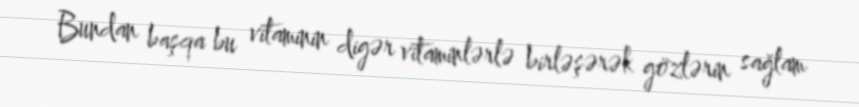
Bundan başqa bu vitaminin digər vitaminlərlə birləşərək gözlərin sağlam